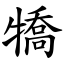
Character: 犞